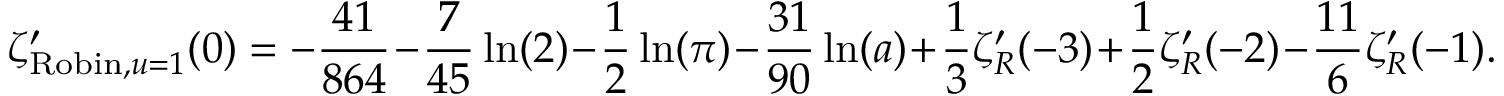
\zeta _ { { \mathrm { R o b i n } } , u = 1 } ^ { \prime } ( 0 ) = - { \frac { 4 1 } { 8 6 4 } } - { \frac { 7 } { 4 5 } } \ln ( 2 ) - { \frac { 1 } { 2 } } \ln ( \pi ) - { \frac { 3 1 } { 9 0 } } \ln ( a ) + { \frac { 1 } { 3 } } \zeta _ { R } ^ { \prime } ( - 3 ) + { \frac { 1 } { 2 } } \zeta _ { R } ^ { \prime } ( - 2 ) - { \frac { 1 1 } { 6 } } \zeta _ { R } ^ { \prime } ( - 1 ) .